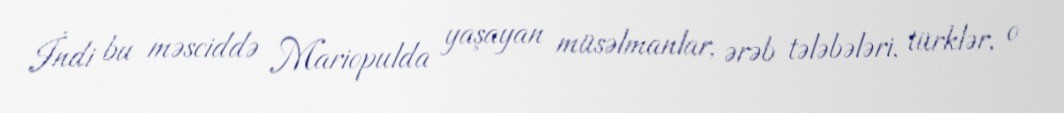
İndi bu məsciddə Mariopulda yaşayan müsəlmanlar, ərəb tələbələri, türklər, o